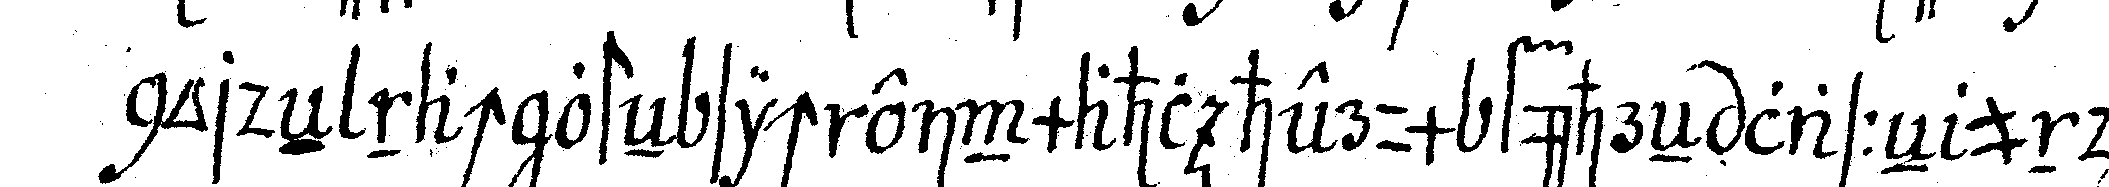
nordeN nach osteN sich einmahl herum führeN lasseN und